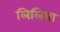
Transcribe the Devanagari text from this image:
लिलिया